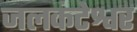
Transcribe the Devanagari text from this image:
जलकंटेश्वर